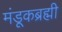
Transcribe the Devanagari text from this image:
मंडूकब्रह्मी